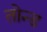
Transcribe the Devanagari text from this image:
तोन्ड